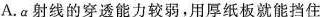
A.α射线的穿透能力较弱，用厚纸板就能挡住